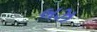
બઝ